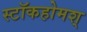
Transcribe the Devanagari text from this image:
स्टॉकहोमश्